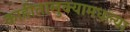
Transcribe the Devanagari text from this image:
काहीतालुक्यामधल्या